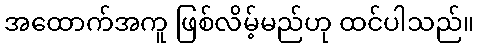
အထောက်အကူ ဖြစ်လိမ့်မည်ဟု ထင်ပါသည်။